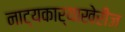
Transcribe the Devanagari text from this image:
नाट्यकार्याखेरीज